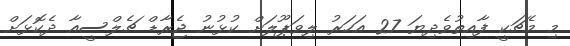
މި މެޗަކީ ފާއިތުވެދިޔަ 27 އަހަރު ލިވަޕޫލަށް ކުޅުނު ޖެރާޑް ޗެލްސީއާ ދެކޮޅަށް